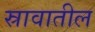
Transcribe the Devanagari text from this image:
स्रावातील